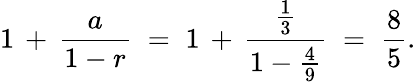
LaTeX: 1\, +\, {\frac{a}{1-r}}\; =\; 1\, +\, {\frac{\frac{1}{3}}{1-{\frac{4}{9}}}}\; =\; {\frac{8}{5}}.